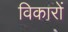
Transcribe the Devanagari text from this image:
विकारों